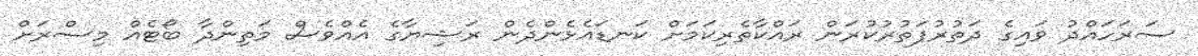
ސަރަހައްދު ވައިގެ ދަތުރުފަތުރުކުރަން ރައްކާތެރިކަމަށް ކަނޑައެޅެންދެން ރަޝިޔާގެ އެއްވެސް މަތިންދާ ބޯޓެއް މިސްރަށް